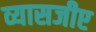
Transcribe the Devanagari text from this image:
व्यासजीए